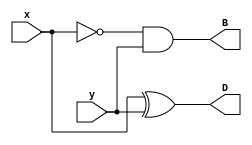
module Lab2_half_sub_gatelevel(output D, B, input x, y);

wire x_not;
xor #(10) G1(D,x,y);
//xor  G1(D,x,y);
not G2(x_not,x);
and #(5) G3(B,x_not,y);
//and G3(B,x_not,y);

endmodule